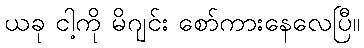
ယခု ငါ့ကို မိဂျင်း စော်ကားနေလေပြီ။